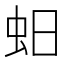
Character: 蚎